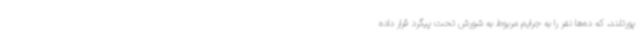
پورتلند، که ده‌ها نفر را به جرایم مربوط به شورش تحت پیگرد قرار داده